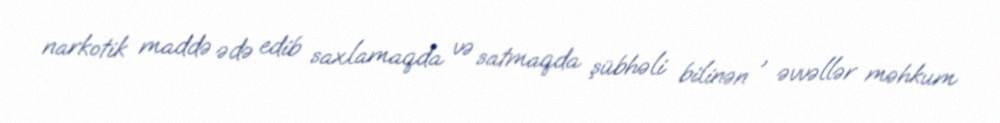
narkotik maddə ədə edib saxlamaqda və satmaqda şübhəli bilinən , əvvəllər məhkum